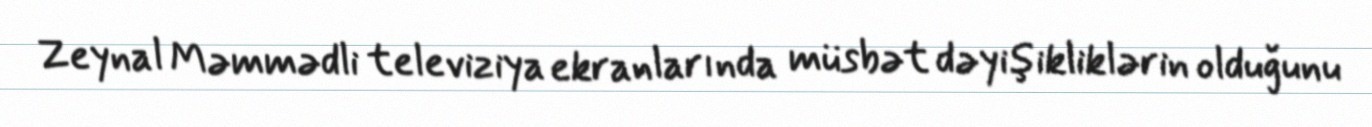
Zeynal Məmmədli televiziya ekranlarında müsbət dəyişikliklərin olduğunu